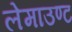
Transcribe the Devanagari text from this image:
लेमाउण्ट